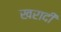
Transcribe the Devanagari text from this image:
खरादी